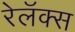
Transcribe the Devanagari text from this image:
रेलॅक्स